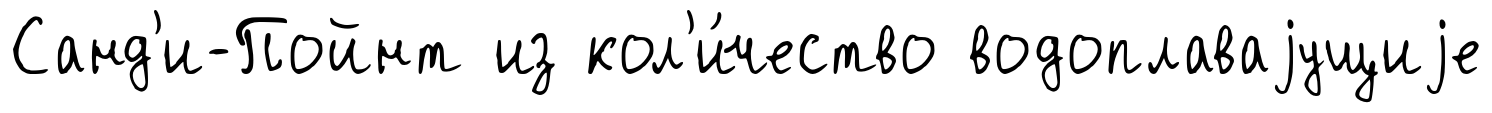
Санд'и-Пойнт из кол'и́чество водоплаваjущиjе